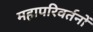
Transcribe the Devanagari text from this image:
महापरिवर्तनों